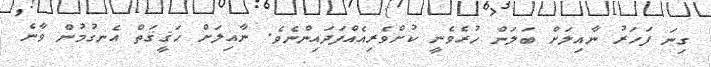
ގިނަ ފަހަރު ނާއިލަށް ބަލަން ހުރެވެނީ ކުށްވެރިއެއްފަދައިންނެވެ. ނާއިލަށް ހަޤީޤަތް އެނގުމުން ވާނެ